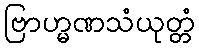
ဗြာဟ္မဏသံယုတ္တံ